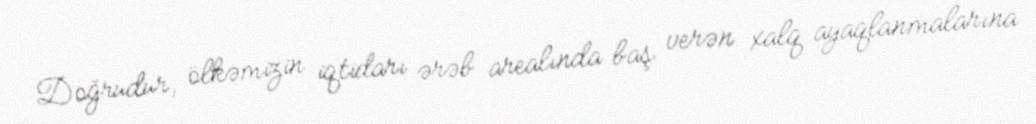
Doğrudur, ölkəmizin iqtidarı ərəb arealında baş verən xalq ayaqlanmalarına